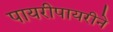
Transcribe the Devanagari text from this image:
पायरीपायरीने